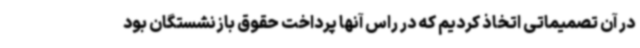
در آن تصمیماتی اتخاذ کردیم که در راس آنها پرداخت حقوق بازنشستگان بود